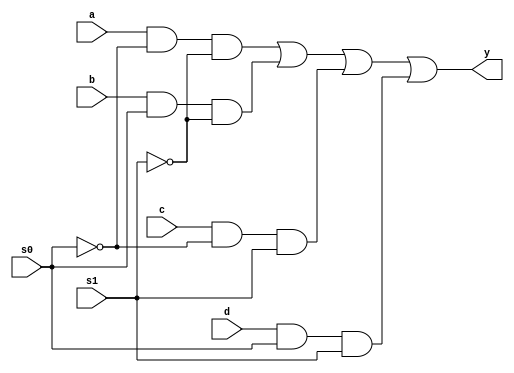
// MUX4x1

module mux4x1(a,b,c,d,s1,s0,y);
  
  input a,b,c,d,s1,s0;
  output y;
  
  
  not(s1bar,s1);
  not(s0bar,s0);
  
  and(y0, a,s0bar,s1bar);
  and(y1,b, s0,s1bar);
  and(y2,c,s0bar,s1);
  and(y3,d,s0,s1);
  
  or(y,y0,y1,y2,y3);
  
endmodule